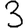
Digit: 3